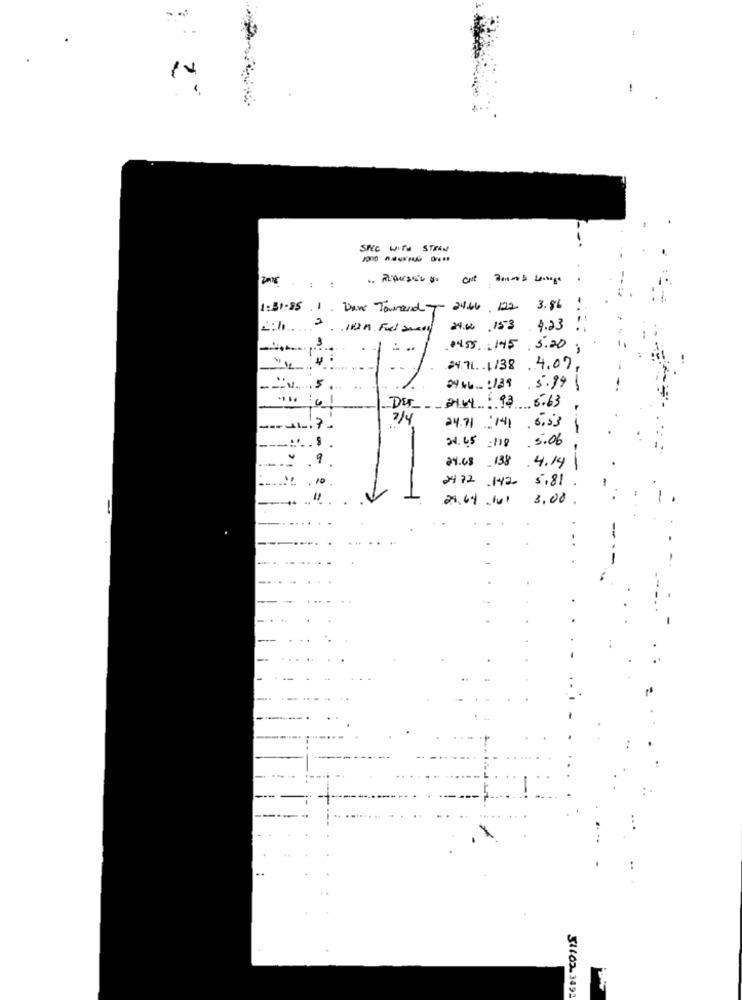
SPEC WITH STRAW
1:31.85 .1. Dave Tourand 7- 24.66 122 3.86
£:/ ....
24.04 .153 4.23
0455.145. 3.20;
24.71. . 1/38
.4.07.
-- V
24 kb _ : 139
.5.99 6
DE 2164 . 99 6.63
2/4
24.71 : 141. 6.53 6
24.45 118 5.06
24.68 138.4.14 |
2472 .142 5.81.
28.64 141 3.00
-
31102 3492